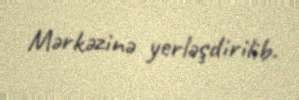
Mərkəzinə yerləşdirilib.